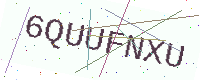
Text: 6QUUFNXU